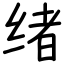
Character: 绪